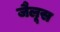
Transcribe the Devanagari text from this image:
जैलूस